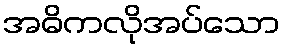
အဓိကလိုအပ်သော